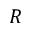
R